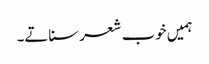
ہمیں خوب شعر سناتے۔